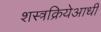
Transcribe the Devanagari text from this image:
शस्त्रक्रियेआधी